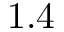
1 . 4